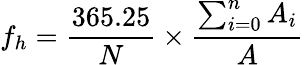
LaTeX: f_{h}=\frac{365.25}{N}\times\frac{\sum_{i=0}^{n}A_{i}}{A}